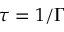
\tau = 1 / \Gamma